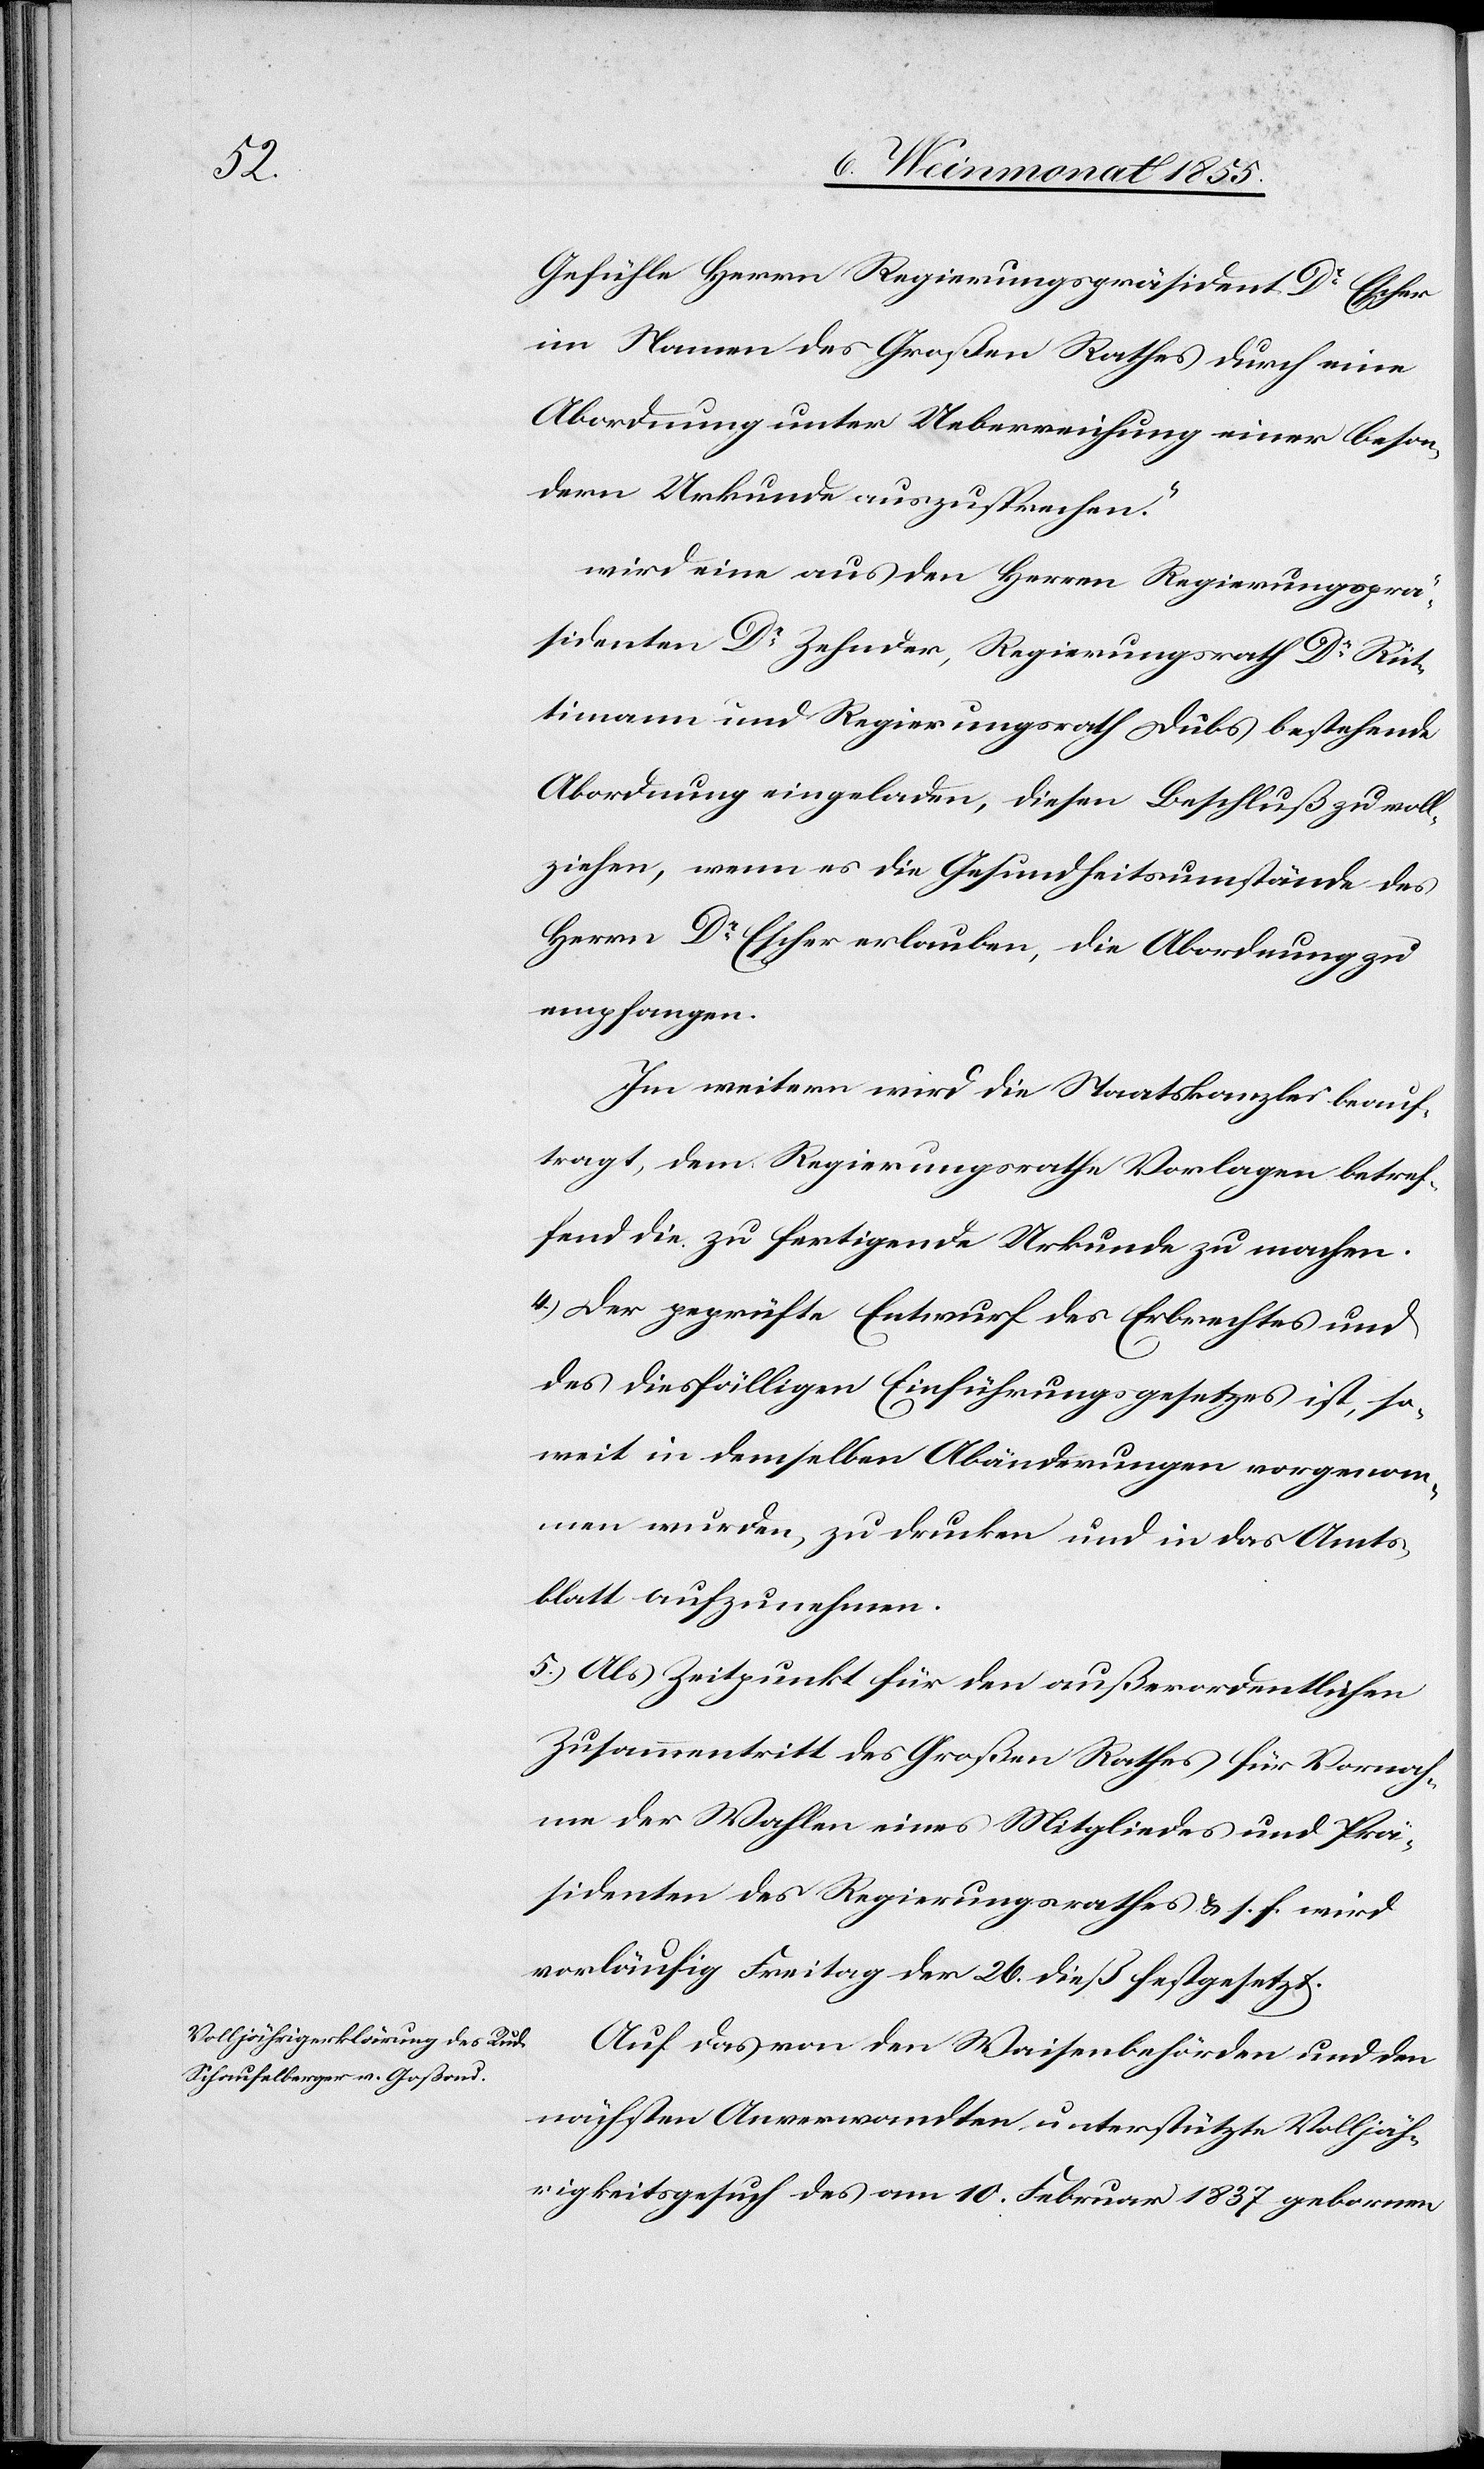
Gefühle Herrn Regierungspräsident Dr Escher
im Namen des Großen Rathes durch eine
Abordnung unter Ueberreichung einer beson¬
dern Urkunde auszusprechen.“
wird eine aus den Herren Regierungsprä¬
sidenten Dr Zehnder, Regierungsrath Dr Rüt¬
timann und Regierungsrath Dubs bestehende
Abordnung eingeladen, diesen Beschluß zu voll¬
ziehen, wenn es die Gesundheitsumstände des
Herrn Dr Escher erlauben, die Abordnung zu
empfangen.
Im weitern wird die Staatskanzlei beauf¬
tragt, dem Regierungsrathe Vorlagen betref¬
fend die zu fertigende Urkunde zu machen.
Der geprüfte Entwurf des Erbrechtes und
des diesfälligen Einführungsgesetzes ist, so¬
weit in demselben Abänderungen vorgenom¬
men wurden, zu drucken und in das Amts¬
blatt aufzunehmen.
Als Zeitpunkt für den außerordentlichen
Zusammentritt des Großen Rathes für Vornah¬
me der Wahlen eines Mitgliedes und Prä¬
sidenten des Regierungsrathes & s. f. wird
vorläufig Freitag der 26. dieß festgesetzt.
Auf das von den Waisenbehörden und den
nächsten Anverwandten unterstützte Volljäh¬
rigkeitsgesuch des am 10. Februar 1837 gebornen